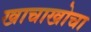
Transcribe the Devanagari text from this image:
खाचाखोचा